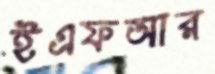
ইএফআর